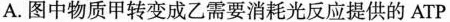
A.图中物质甲转变成乙需要消耗光反应提供的ATP